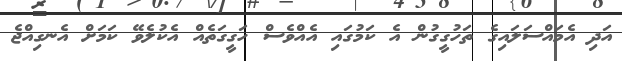
އަދި އެމައްސަލައިގެ ތަހުގީގުން އެ ކަމުގައި އެއްވެސް ހަގީގަތެއް އެކުލެވޭ ކަމަށް އެނގިއްޖެ